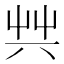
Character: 𠔖